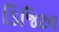
ડિજિટલ